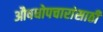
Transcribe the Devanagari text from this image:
औषधोपचारांसाठी